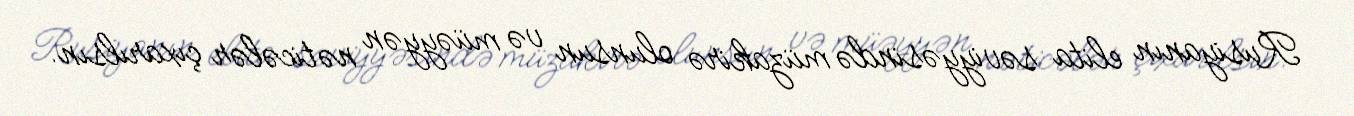
Rusiyanın elita səviyyəsində müzakirə olunsun və müəyyən nəticələr çıxarılsın.